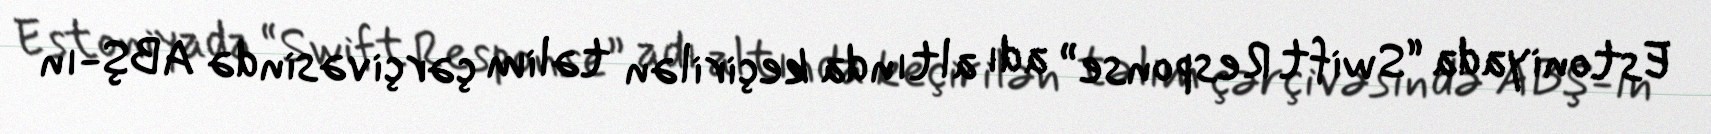
Estoniyada “Swift Response” adı altında keçirilən təlim çərçivəsində ABŞ-ın